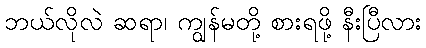
ဘယ်လိုလဲ ဆရာ၊ ကျွန်မတို့ စားရဖို့ နီးပြီလား